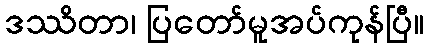
ဒဿိတာ၊ ပြတော်မူအပ်ကုန်ပြီ။